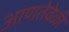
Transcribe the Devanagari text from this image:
आणतेवेळी